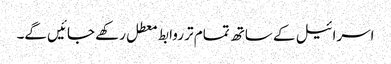
اسرائیل کے ساتھ تمام تر روابط معطل رکھے جائیں گے۔